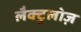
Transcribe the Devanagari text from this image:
लैक्टुलोज़